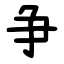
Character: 争